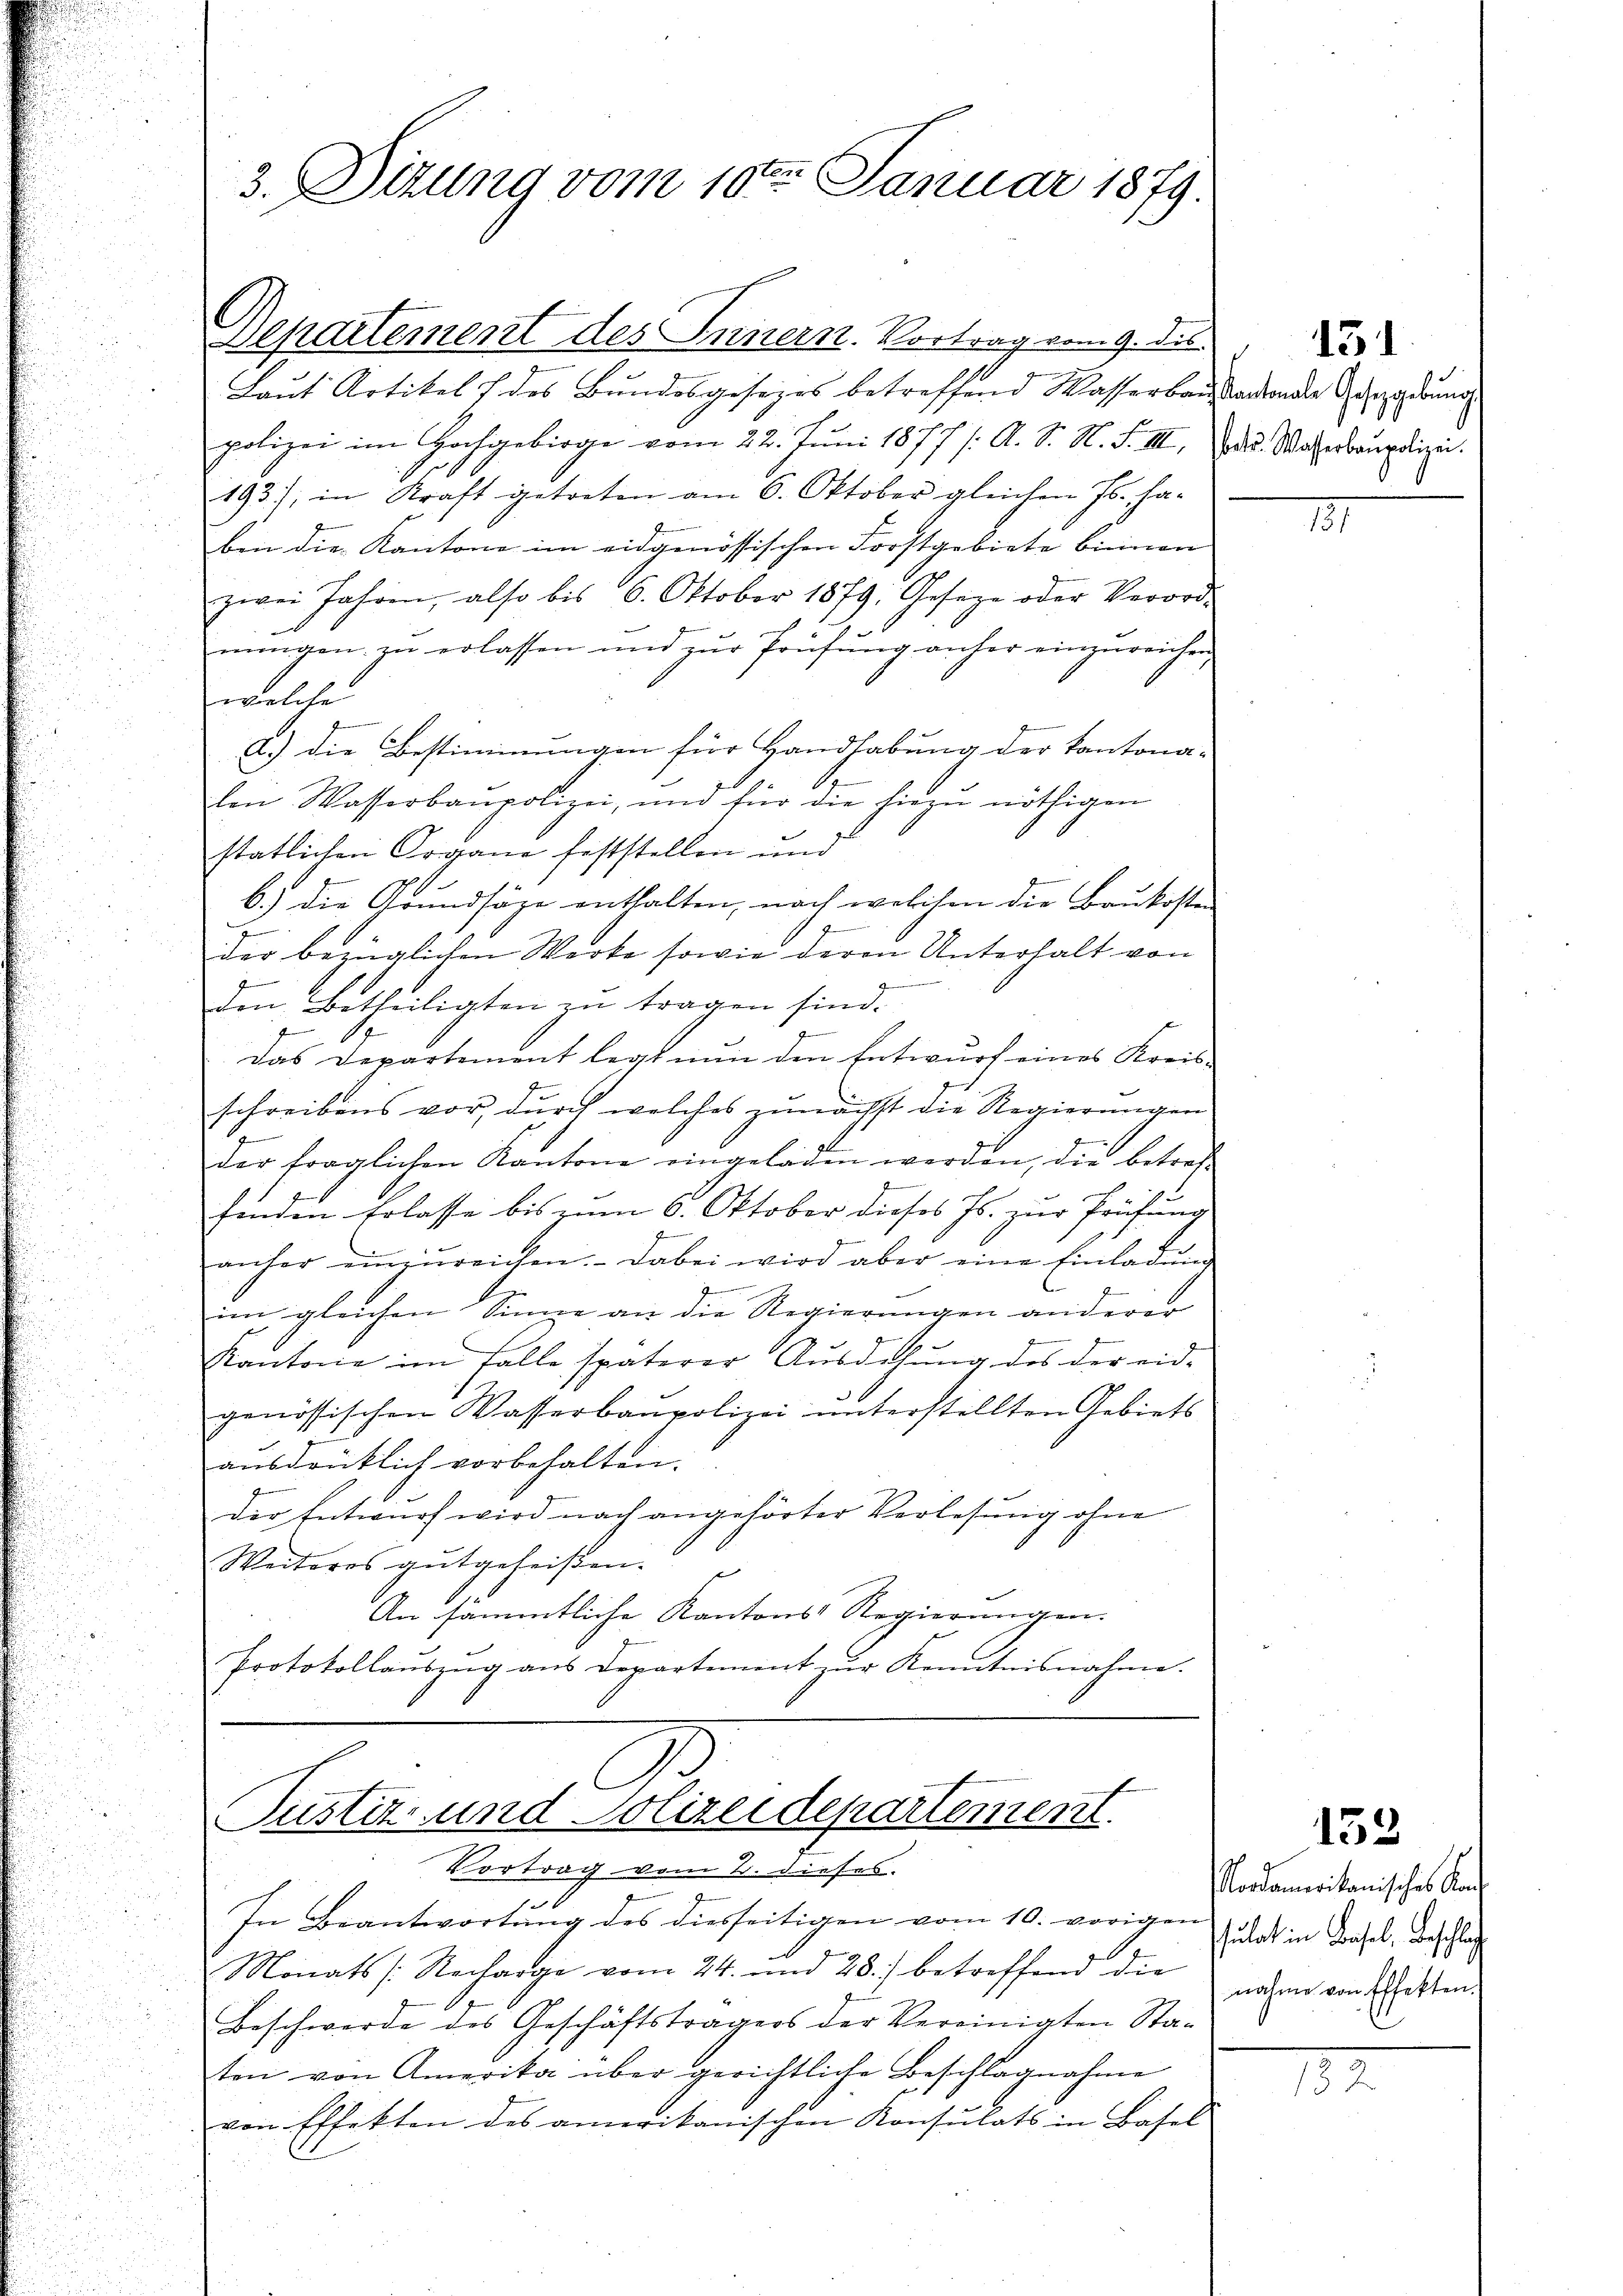
3. Dizung vom 10ten Januar 1879.

Repartement des Innern. Vortrag vom 9. dis
Laut Artikel des Bundesgesezes betreffend Wasserbausladende Ausgedrung
polizei im Hochgebirge vom 22. Juni 1877 /: A. S. N. F. III.
193), in Kraft getreten am 6. Oktober gleichen Js. ha-
ben die Kantone im eidgenössischen Forstgebiete binnen
zwei Jahren, also bis 6. Oktober 1879. Geseze oder Verord-
mungen zu erlassen und zur Prüfung anher einzureichen
welche
a.) Die Bestimmungen für Handhabung der Kantona-
von Wasserbaupolizei, und für die hiezŭ nöthigen
statlichen Organe feststellen und
b.) die Grundsäge enthalten, nach welchen die Brukosten
f
z
der bezüglichen Werke sowie deren Unterhalt von
g
den Betheiligten zu tragen sind.
f
.
Das Departement legt nun den Entwurf eines Kreis-
g
schreibens vor, durch welches zunächst die Regierungen
.
der fraglichen Kantone eingeladen werden, die betref
.
finden Erlasse bis zum 6. Oktober dieses Js. zur Prüfung
anher einzŭreichen. Dabei wird aber eine Einladŭng
im gleichen Sinne an die Regierungen anderer
Kantone im Falle späterer Ausdehŭng des der eid-
genössischen Wasserbaupolizei unterstellten Gebiets
ausdrücklich vorbehalten.
der Entwurf wird nach angehörter Verlesung ohne
Weiteres gutgeheißen.
An sämmtliche Kantons Regierungen.
Protokollaŭszŭg aŭs Departement zŭr Kenntnisnahme.

Justiz- und Polizeidepartement
Vortrag vom 2. dieses.

In Beantwortung des diesseitigen vom 10. vorigen
Monats Recharge vom 24. und 28.) betreffend die
Beschwerde des Geschäftsträgers der Vereinigten Staten von Amerika über gerichtliche Beschlagnahme
von Effekten des amerikanischen Konsulats in Basel

1

131

betr. Wasserbaupolizei.

153

Nordameritanisches Kansulat in Basel, Beschlag
nahme von Effekten.